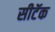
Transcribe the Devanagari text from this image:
सीटॅक